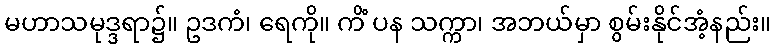
မဟာသမုဒ္ဒရာ၌။ ဥဒကံ၊ ရေကို။ ကိံ ပန သက္ကာ၊ အဘယ်မှာ စွမ်းနိုင်အံ့နည်း။